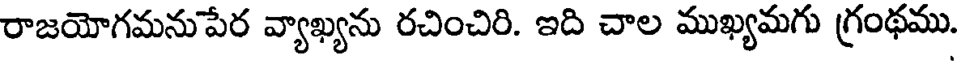
రాజయోగమనుపేర వ్యాఖ్యను రచించిరి. ఇది చాల ముఖ్యమగు గ్రంథము.